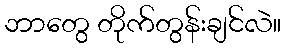
ဘာတွေ တိုက်တွန်းချင်လဲ။